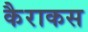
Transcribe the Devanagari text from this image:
कैराकस